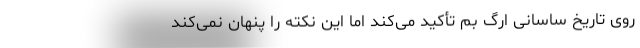
روی تاریخ ساسانی ارگ بم تأکید می‌کند اما این نکته را پنهان نمی‌کند